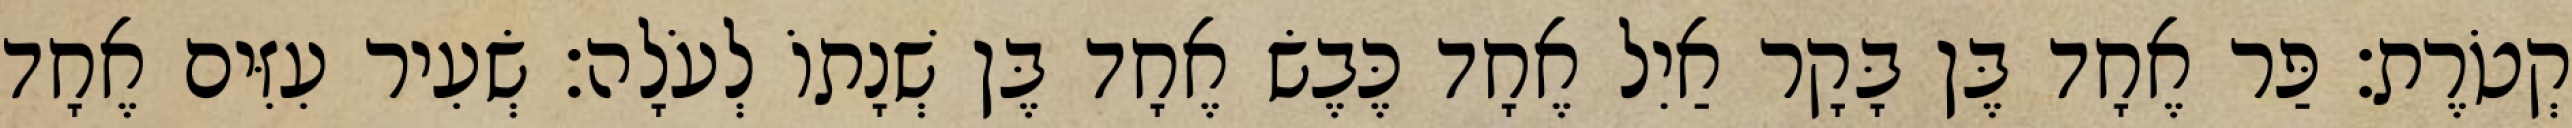
קְטֹרֶת׃ פַּר אֶחָד בֶּן בָּקָר אַיִל אֶחָד כֶּבֶשׂ אֶחָד בֶּן שְׁנָתוֹ לְעֹלָה׃ שְׂעִיר עִזִּים אֶחָד